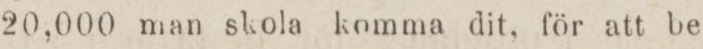
20,000 man skola komma dit, för att be